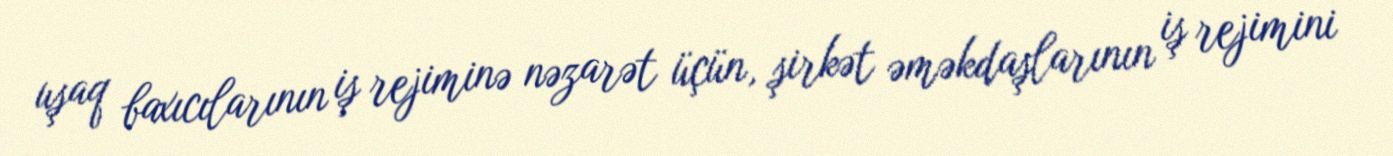
uşaq baxıcılarının iş rejiminə nəzarət üçün, şirkət əməkdaşlarının iş rejimini